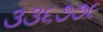
૩૩૬૭૭૯